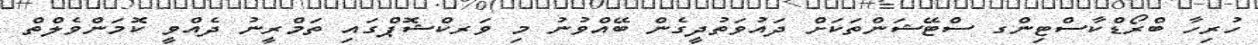
ހުރިހާ ބްރޯޑްކާސްޓިންގ ސްޓޭޝަންތަކަށް ދައުވަތުދީގެން ބޭއްވުނު މި ވަރކްޝޮޕްގައި ތަމްރީނު ދެއްވީ ކޮމަންވެލްތް